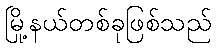
မြို့နယ်တစ်ခုဖြစ်သည်